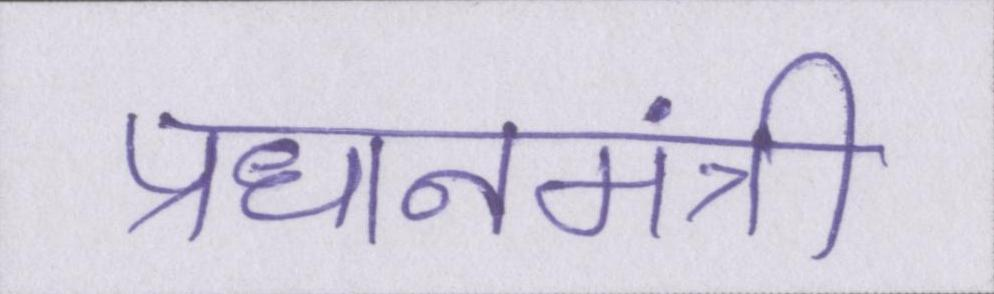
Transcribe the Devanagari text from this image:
प्रधानमंत्री